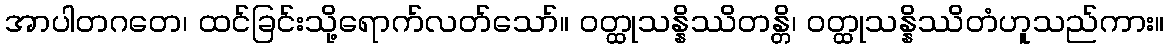
အာပါတဂတေ၊ ထင်ခြင်းသို့ရောက်လတ်သော်။ ဝတ္ထုသန္နိဿိတန္တိ၊ ဝတ္ထုသန္နိဿိတံဟူသည်ကား။